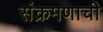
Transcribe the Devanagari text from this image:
संक्रमणाची